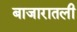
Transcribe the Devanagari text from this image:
बाजारातली